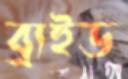
ব্রাইড